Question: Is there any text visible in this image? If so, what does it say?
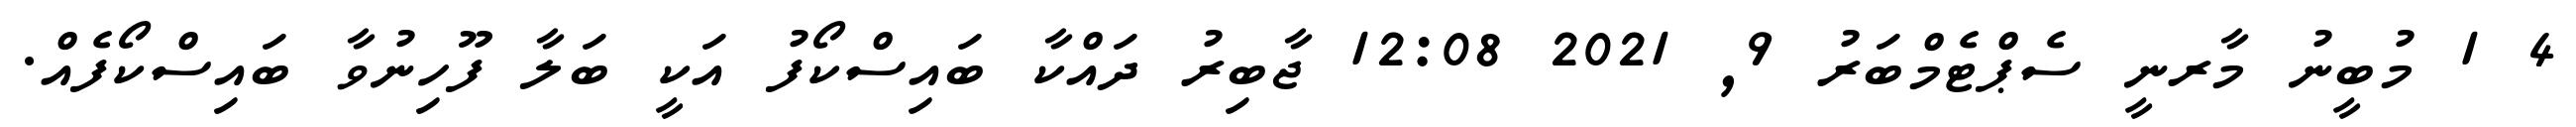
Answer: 4 1 މުބީނު މާރނީ ސެޕްޓެމްބަރު 9, 2021 12:08 ޖާބިރު ދައްކާ ބައިސްކޯފު އަކީ ބަލާ ފޫހިނުވާ ބައިސްކޯފެއް.